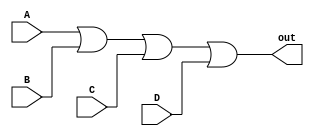
module or_gate(
    input wire A,
    input wire B,
    input wire C,
    input wire D,
    output reg out
);

always @(*) begin
    out = A | B | C | D;
end

endmodule